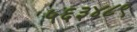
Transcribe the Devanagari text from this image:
५६३४८९